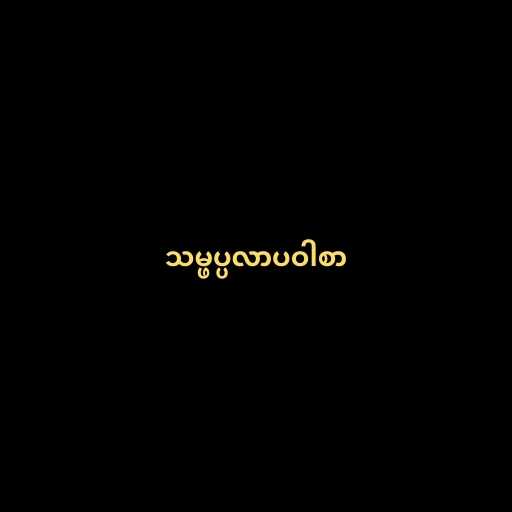
သမ္ဖပ္ပလာပဝါစာ